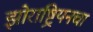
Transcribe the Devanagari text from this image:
झोराष्ट्रियनचा